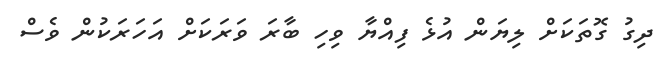
ދިގު ގޮތަކަށް ލިޔަން އުޅެ ފިއްޔާ ވިހި ބާރަ ވަރަކަށް އަހަރަކުން ވެސް